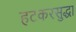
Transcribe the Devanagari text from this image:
हटकरसुद्धा